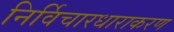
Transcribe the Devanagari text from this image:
निर्विचारधाराकरण